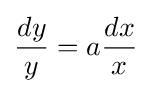
{\frac {dy}{y}}=a{\frac {dx}{x}}